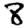
Digit: 8